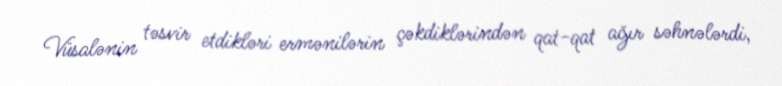
Vüsalənin təsvir etdikləri ermənilərin çəkdiklərindən qat-qat ağır səhnələrdi,